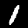
Digit: 1